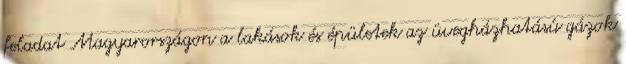
feladat Magyarországon a lakások és épületek az üvegházhatású gázok